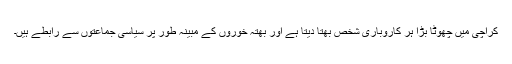
کراچی میں چھوٹا بڑا ہر کاروباری شخص بھتا دیتا ہے اور بھتہ خوروں کے مبینہ طور پر سیاسی جماعتوں سے رابطے ہیں۔